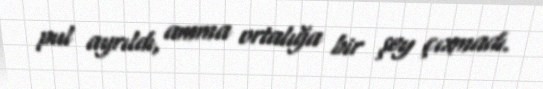
pul ayrıldı, amma ortalığa bir şey çıxmadı.